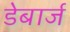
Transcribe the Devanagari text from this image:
डेबार्ज